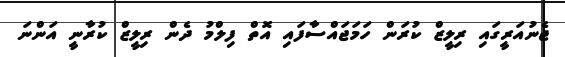
ޖެނުއަރީގައި ރިލީޒް ކުރަން ހަމަޖައްސާފައި އޮތް ފިލްމު ދެން ރިލީޒް ކުރާނީ އަންނަ